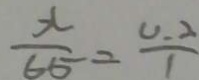
\frac { x } { 6 5 } = \frac { U . 2 } { 1 }